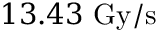
1 3 . 4 3 ~ \mathrm { G y / s }